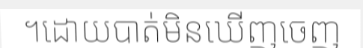
។ដោយបាត់មិនឃើញចេញ